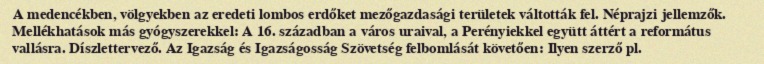
A medencékben, völgyekben az eredeti lombos erdőket mezőgazdasági területek váltották fel. Néprajzi jellemzők. Mellékhatások más gyógyszerekkel: A 16. században a város uraival, a Perényiekkel együtt áttért a református vallásra. Díszlettervező. Az Igazság és Igazságosság Szövetség felbomlását követően: Ilyen szerző pl.